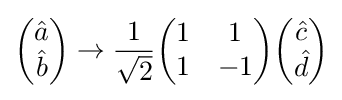
{\begin{pmatrix}{\hat {a}}\\{\hat {b}}\end{pmatrix}}\to {\frac {1}{\sqrt {2}}}{\begin{pmatrix}1&1\\1&-1\end{pmatrix}}{\begin{pmatrix}{\hat {c}}\\{\hat {d}}\end{pmatrix}}